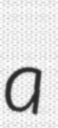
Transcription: a